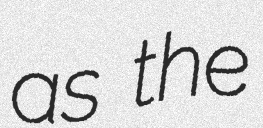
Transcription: as the